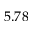
5 . 7 8